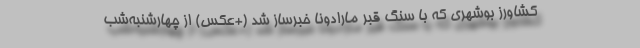
کشاورز بوشهری که با سنگ قبر مارادونا خبرساز شد (+عکس) از چهارشنبه‌شب